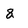
Character: 8